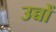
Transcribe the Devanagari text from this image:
उच्चों